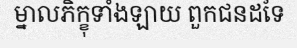
ម្នាលភិក្ខុទាំងឡាយ ពួកជនដទៃ